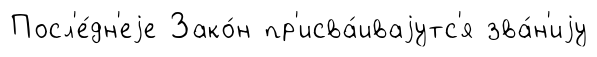
Посл'е́дн'еjе Зако́н пр'исва́иваjутс'я зва́н'иjу